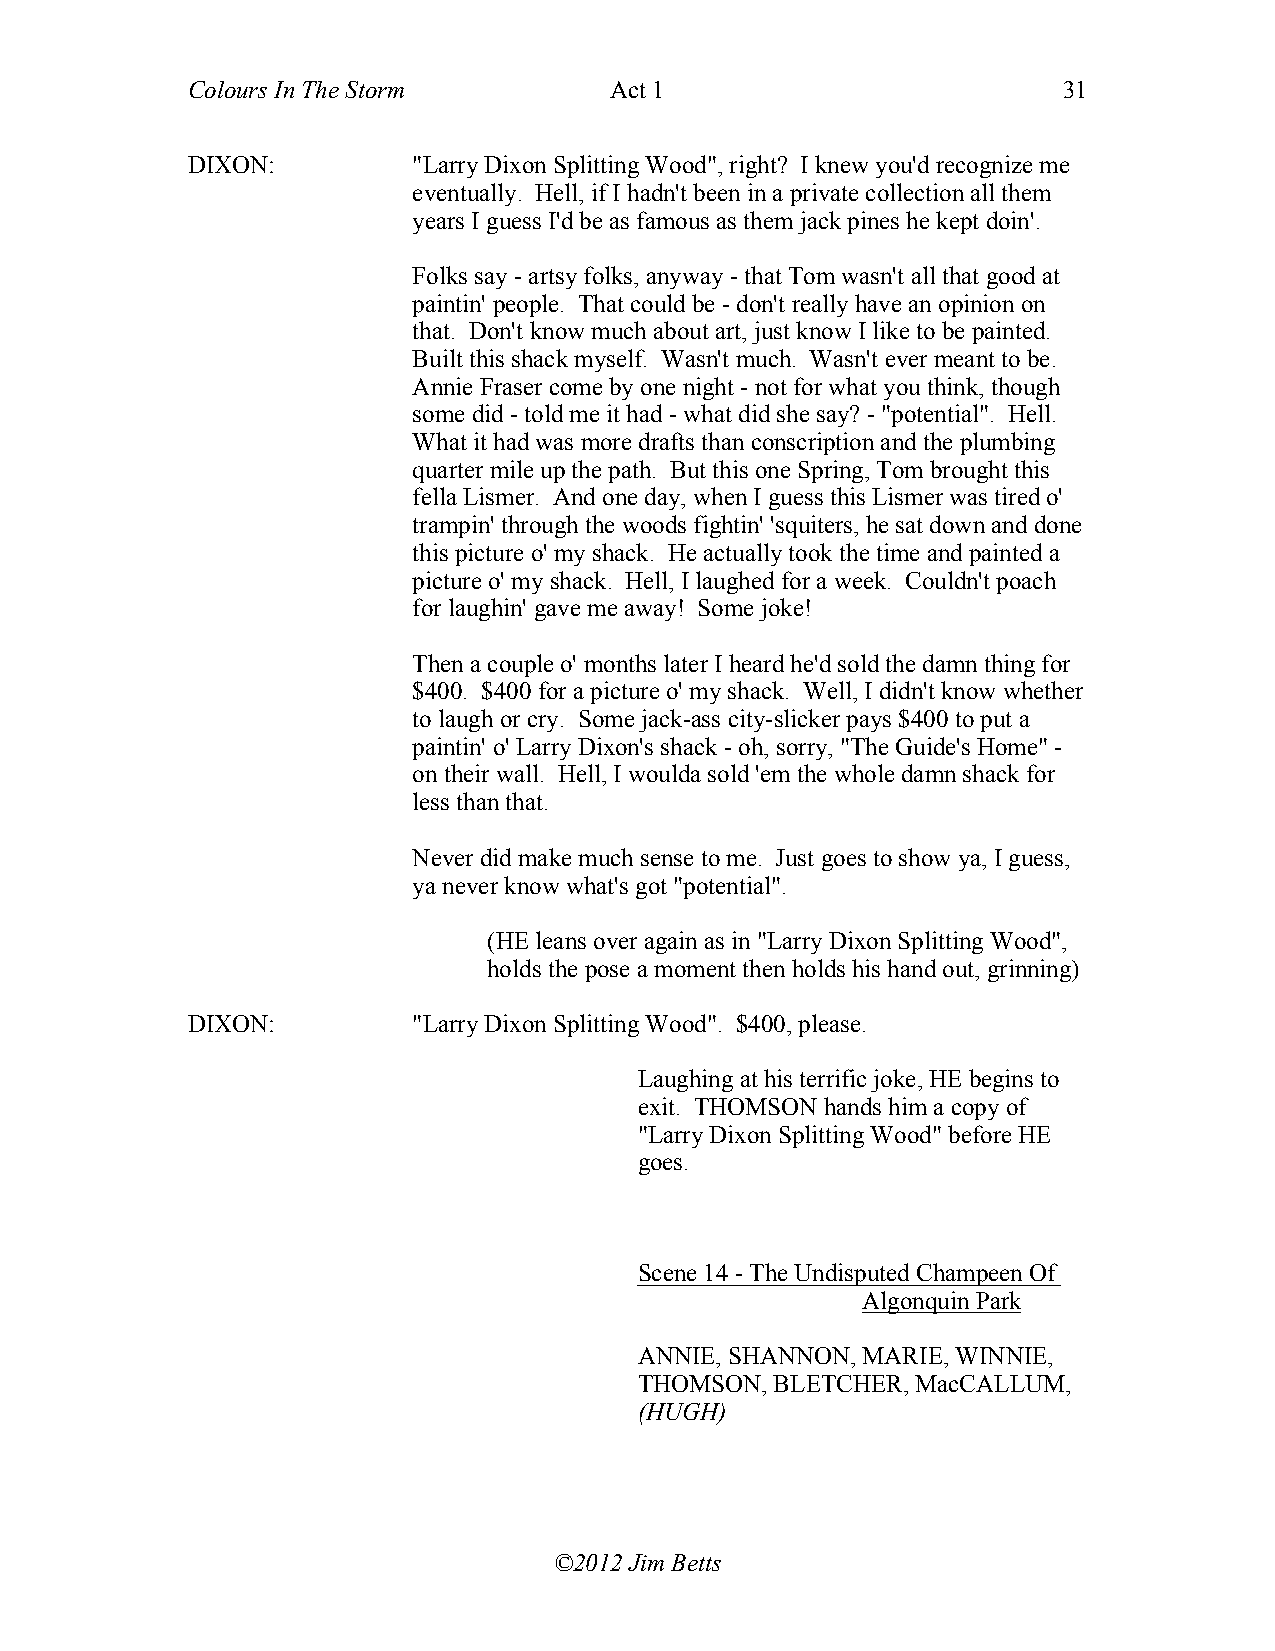
Colours In The Storm        Act 1                         31
 DIXON:         "Larry Dixon Splitting Wood", right? I knew you'd recognize me
 eventually. Hell, if I hadn't been in a private collection all them
 years I guess I'd be as famous as them jack pines he kept doin'.
 Folks say - artsy folks, anyway - that Tom wasn't all that good at
 paintin' people. That could be - don't really have an opinion on
 that. Don't know much about art, just know I like to be painted.
 Built this shack myself. Wasn't much. Wasn't ever meant to be.
 Annie Fraser come by one night - not for what you think, though
 some did - told me it had - what did she say? - "potential". Hell.
 What it had was more drafts than conscription and the plumbing
 quarter mile up the path. But this one Spring, Tom brought this
 fella Lismer. And one day, when I guess this Lismer was tired o'
 trampin' through the woods fightin' 'squiters, he sat down and done
 this picture o' my shack. He actually took the time and painted a
 picture o' my shack. Hell, I laughed for a week. Couldn't poach
 for laughin' gave me away! Some joke!
 Then a couple o' months later I heard he'd sold the damn thing for
 $400. $400 for a picture o' my shack. Well, I didn't know whether
 to laugh or cry. Some jack-ass city-slicker pays $400 to put a
 paintin' o' Larry Dixon's shack - oh, sorry, "The Guide's Home" -
 on their wall. Hell, I woulda sold 'em the whole damn shack for
 less than that.
 Never did make much sense to me. Just goes to show ya, I guess,
 ya never know what's got "potential".
 (HE leans over again as in "Larry Dixon Splitting Wood",
 holds the pose a moment then holds his hand out, grinning)
 DIXON:         "Larry Dixon Splitting Wood". $400, please.
 Laughing at his terrific joke, HE begins to
 exit. THOMSON hands him a copy of
 "Larry Dixon Splitting Wood" before HE
 goes.
 Scene 14 - The Undisputed Champeen Of
 Algonquin Park
 ANNIE, SHANNON, MARIE, WINNIE,
 THOMSON, BLETCHER, MacCALLUM,
 (HUGH)
 ©2012 Jim Betts